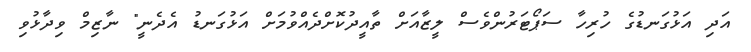
އަދި އަޅުގަނޑުގެ ހުރިހާ ސަޕޯޓަރުންވެސް ލީޒާއަށް ތާއީދުކޮށްދެއްވުމަށް އަޅުގަނޑު އެދެނީ" ނާޒިމް ވިދާޅުވި